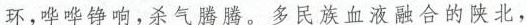
环，哗哗铮响，杀气腾腾。多民族血液融合的陕北，